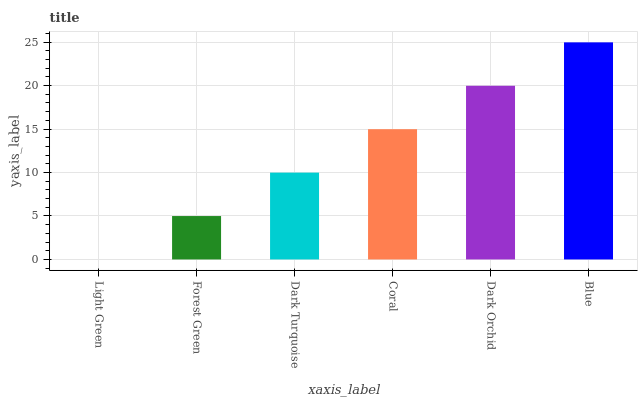
| xaxis_label | bars |
 | --- | --- |
 | Light Green | 0 |
 | Forest Green | 4.99 |
 | Dark Turquoise | 9.99 |
 | Coral | 15 |
 | Dark Orchid | 20 |
 | Blue | 25 |